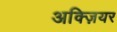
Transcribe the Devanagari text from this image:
अक्ज़ियर